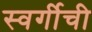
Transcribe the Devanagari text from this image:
स्वर्गीची